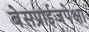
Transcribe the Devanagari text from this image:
बेसप्राईजपेक्षा